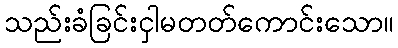
သည်းခံခြင်းငှါမတတ်ကောင်းသော။